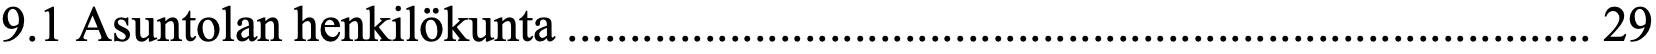
9.1 Asuntolan henkilökunta .................................................................................. 29